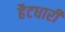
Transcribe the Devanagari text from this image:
हैटधारी